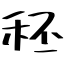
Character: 秠